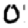
Digit: 0